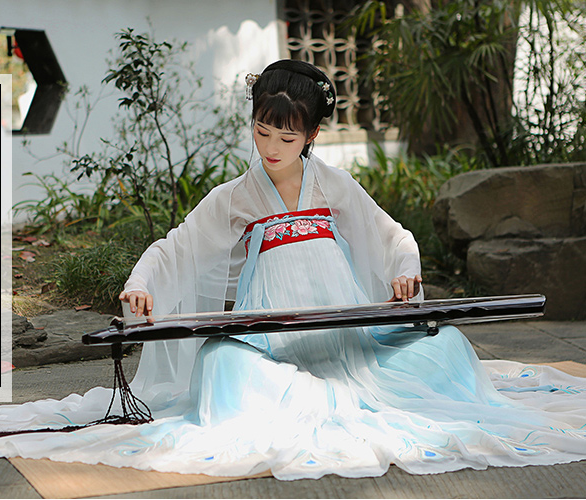
谁怜旅愁荏苒。谩长门夜悄，锦筝弹怨。